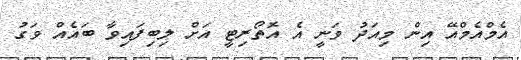
އެމްއެމްއޭ އިން މިއަދު ވަނީ އެ އޮތޯރިޓީ އަށް ލިބިފައިވާ ބައެއް ވަގު